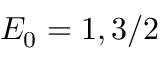
E _ { 0 } = 1 , 3 / 2